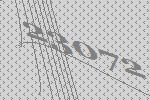
23072